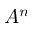
A ^ { n }